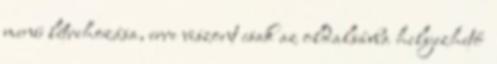
menü létrehozása, erre viszont csak az oldalsávba helyezhető